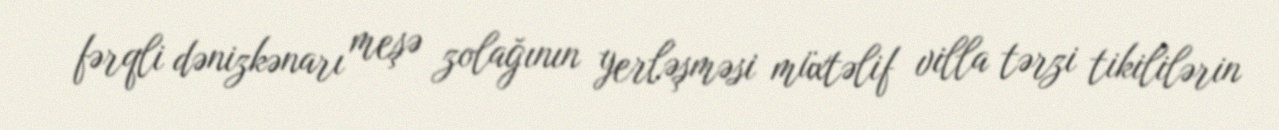
fərqli dənizkənarı meşə zolağının yerləşməsi müxtəlif villa tərzi tikililərin